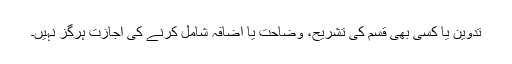
تدوین یا کسی بھی قسم کی تشریح، وضاحت یا اضافہ شامل کرنے کی اجازت ہرگز نہیں۔